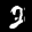
Label: 2